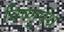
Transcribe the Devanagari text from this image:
विष्णुपंथ